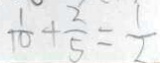
\frac { 1 } { 1 0 } + \frac { 2 } { 5 } = \frac { 1 } { 2 }